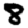
Digit: 8